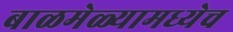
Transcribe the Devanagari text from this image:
बाळमेळ्यामध्येच